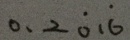
0 . 2 \dot { 0 } 1 \dot { 6 }